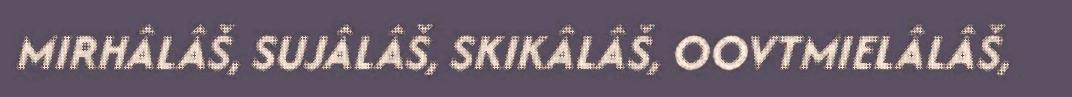
MIRHÂLÂŠ, SUJÂLÂŠ, SKIKÂLÂŠ, OOVTMIELÂLÂŠ,